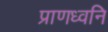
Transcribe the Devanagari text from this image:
प्राणध्वनि